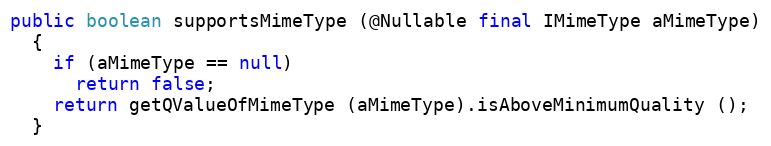
Language: Java
public boolean supportsMimeType (@Nullable final IMimeType aMimeType)
  {
    if (aMimeType == null)
      return false;
    return getQValueOfMimeType (aMimeType).isAboveMinimumQuality ();
  }